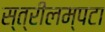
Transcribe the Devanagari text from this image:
स्त्रीलम्पटा